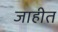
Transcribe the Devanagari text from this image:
जाहीत